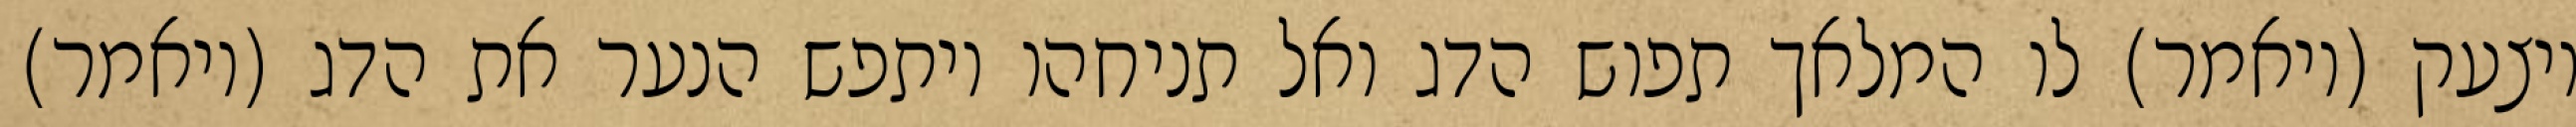
ויצעק (ויאמר) לו המלאך תפוש הדג ואל תניחהו ויתפש הנער את הדג (ויאמר)